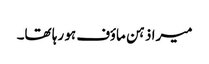
میرا ذہن ماؤف ہو رہا تھا۔